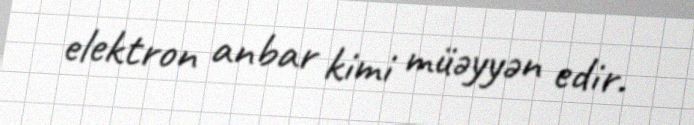
elektron anbar kimi müəyyən edir.